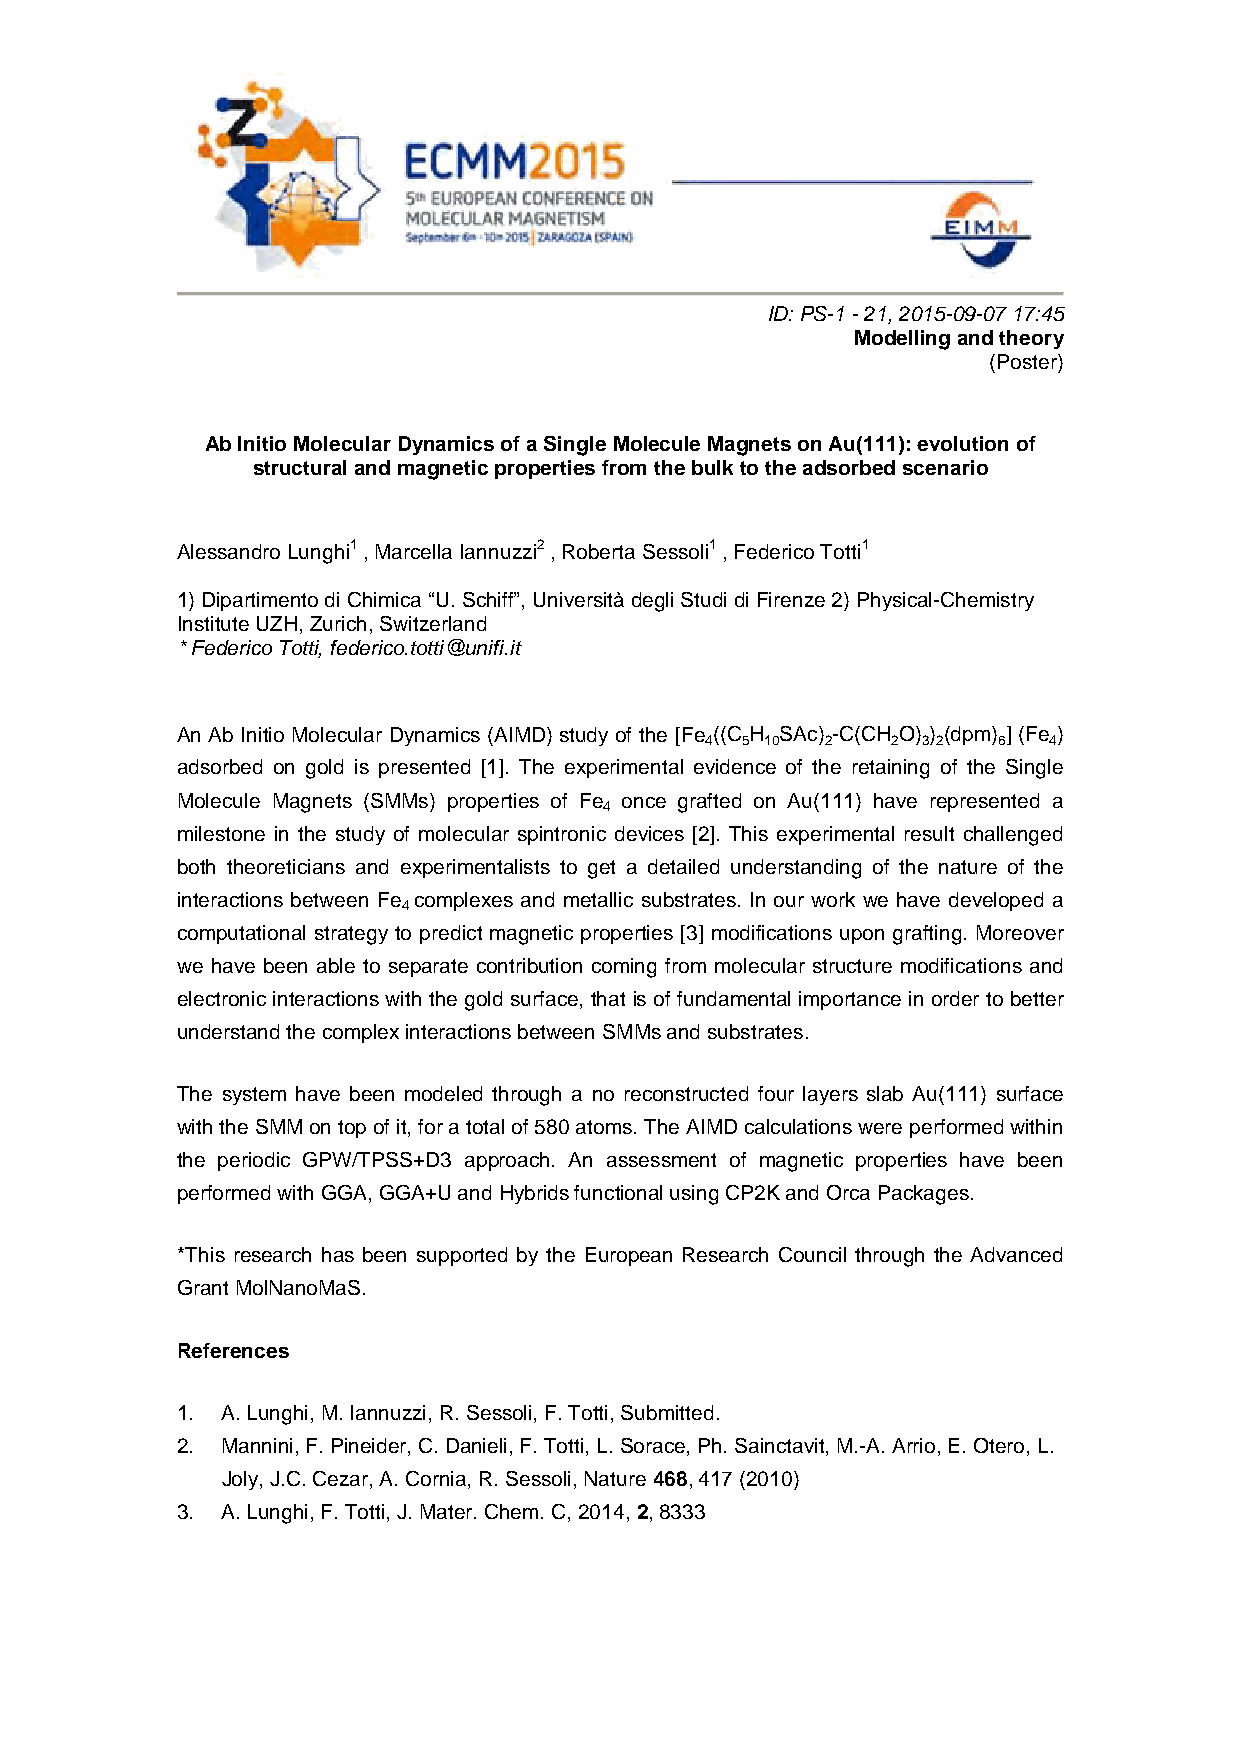
ID: PS-1 - 21, 2015-09-07 17:45
 Modelling and theory
 (Poster)
 Ab Initio Molecular Dynamics of a Single Molecule Magnets on Au(111): evolution of
 structural and magnetic properties from the bulk to the adsorbed scenario
 Alessandro Lunghi1 , Marcella Iannuzzi2 , Roberta Sessoli1 , Federico Totti1
 1) Dipartimento di Chimica “U. Schiff”, Università degli Studi di Firenze 2) Physical-Chemistry
 Institute UZH, Zurich, Switzerland
 * Federico Totti, federico.totti@unifi.it
 An Ab Initio Molecular Dynamics (AIMD) study of the [Fe ((C H SAc) -C(CH O) ) (dpm) ] (Fe )
 4 5 10  2   2 3 2  6  4
 adsorbed on gold is presented [1]. The experimental evidence of the retaining of the Single
 Molecule Magnets (SMMs) properties of Fe once grafted on Au(111) have represented a
 4
 milestone in the study of molecular spintronic devices [2]. This experimental result challenged
 both theoreticians and experimentalists to get a detailed understanding of the nature of the
 interactions between Fe complexes and metallic substrates. In our work we have developed a
 4
 computational strategy to predict magnetic properties [3] modifications upon grafting. Moreover
 we have been able to separate contribution coming from molecular structure modifications and
 electronic interactions with the gold surface, that is of fundamental importance in order to better
 understand the complex interactions between SMMs and substrates.
 The system have been modeled through a no reconstructed four layers slab Au(111) surface
 with the SMM on top of it, for a total of 580 atoms. The AIMD calculations were performed within
 the periodic GPW/TPSS+D3 approach. An assessment of magnetic properties have been
 performed with GGA, GGA+U and Hybrids functional using CP2K and Orca Packages.
 *This research has been supported by the European Research Council through the Advanced
 Grant MolNanoMaS.
 References
 1. A. Lunghi, M. Iannuzzi, R. Sessoli, F. Totti, Submitted.
 2. Mannini, F. Pineider, C. Danieli, F. Totti, L. Sorace, Ph. Sainctavit, M.-A. Arrio, E. Otero, L.
 Joly, J.C. Cezar, A. Cornia, R. Sessoli, Nature 468, 417 (2010)
 3. A. Lunghi, F. Totti, J. Mater. Chem. C, 2014, 2, 8333